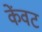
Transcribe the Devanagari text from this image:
केंवट